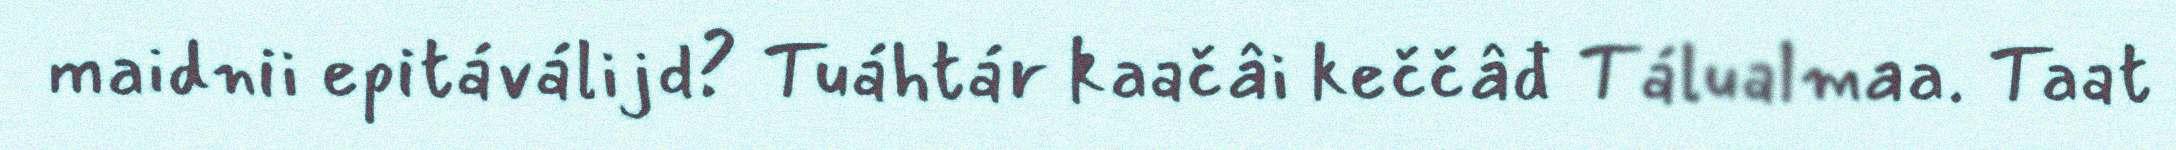
maidnii epitáválijd? Tuáhtár kaačâi keččâđ Tálualmaa. Taat